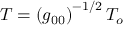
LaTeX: { \cal T } = \left( g _ { 0 0 } \right) ^ { - 1 / 2 } { \cal T } _ { o }